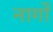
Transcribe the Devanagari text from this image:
नार्गों